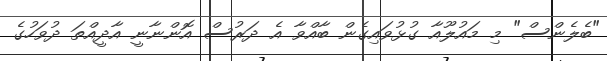
"ބެލެންސް" މި މައުލޫއާ ގުޅުވައިގެން ބާއްވާ އެ ދަރުސް އޮންނާނީ އާދީއްތަ ދުވަހުގެ